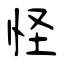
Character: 怪